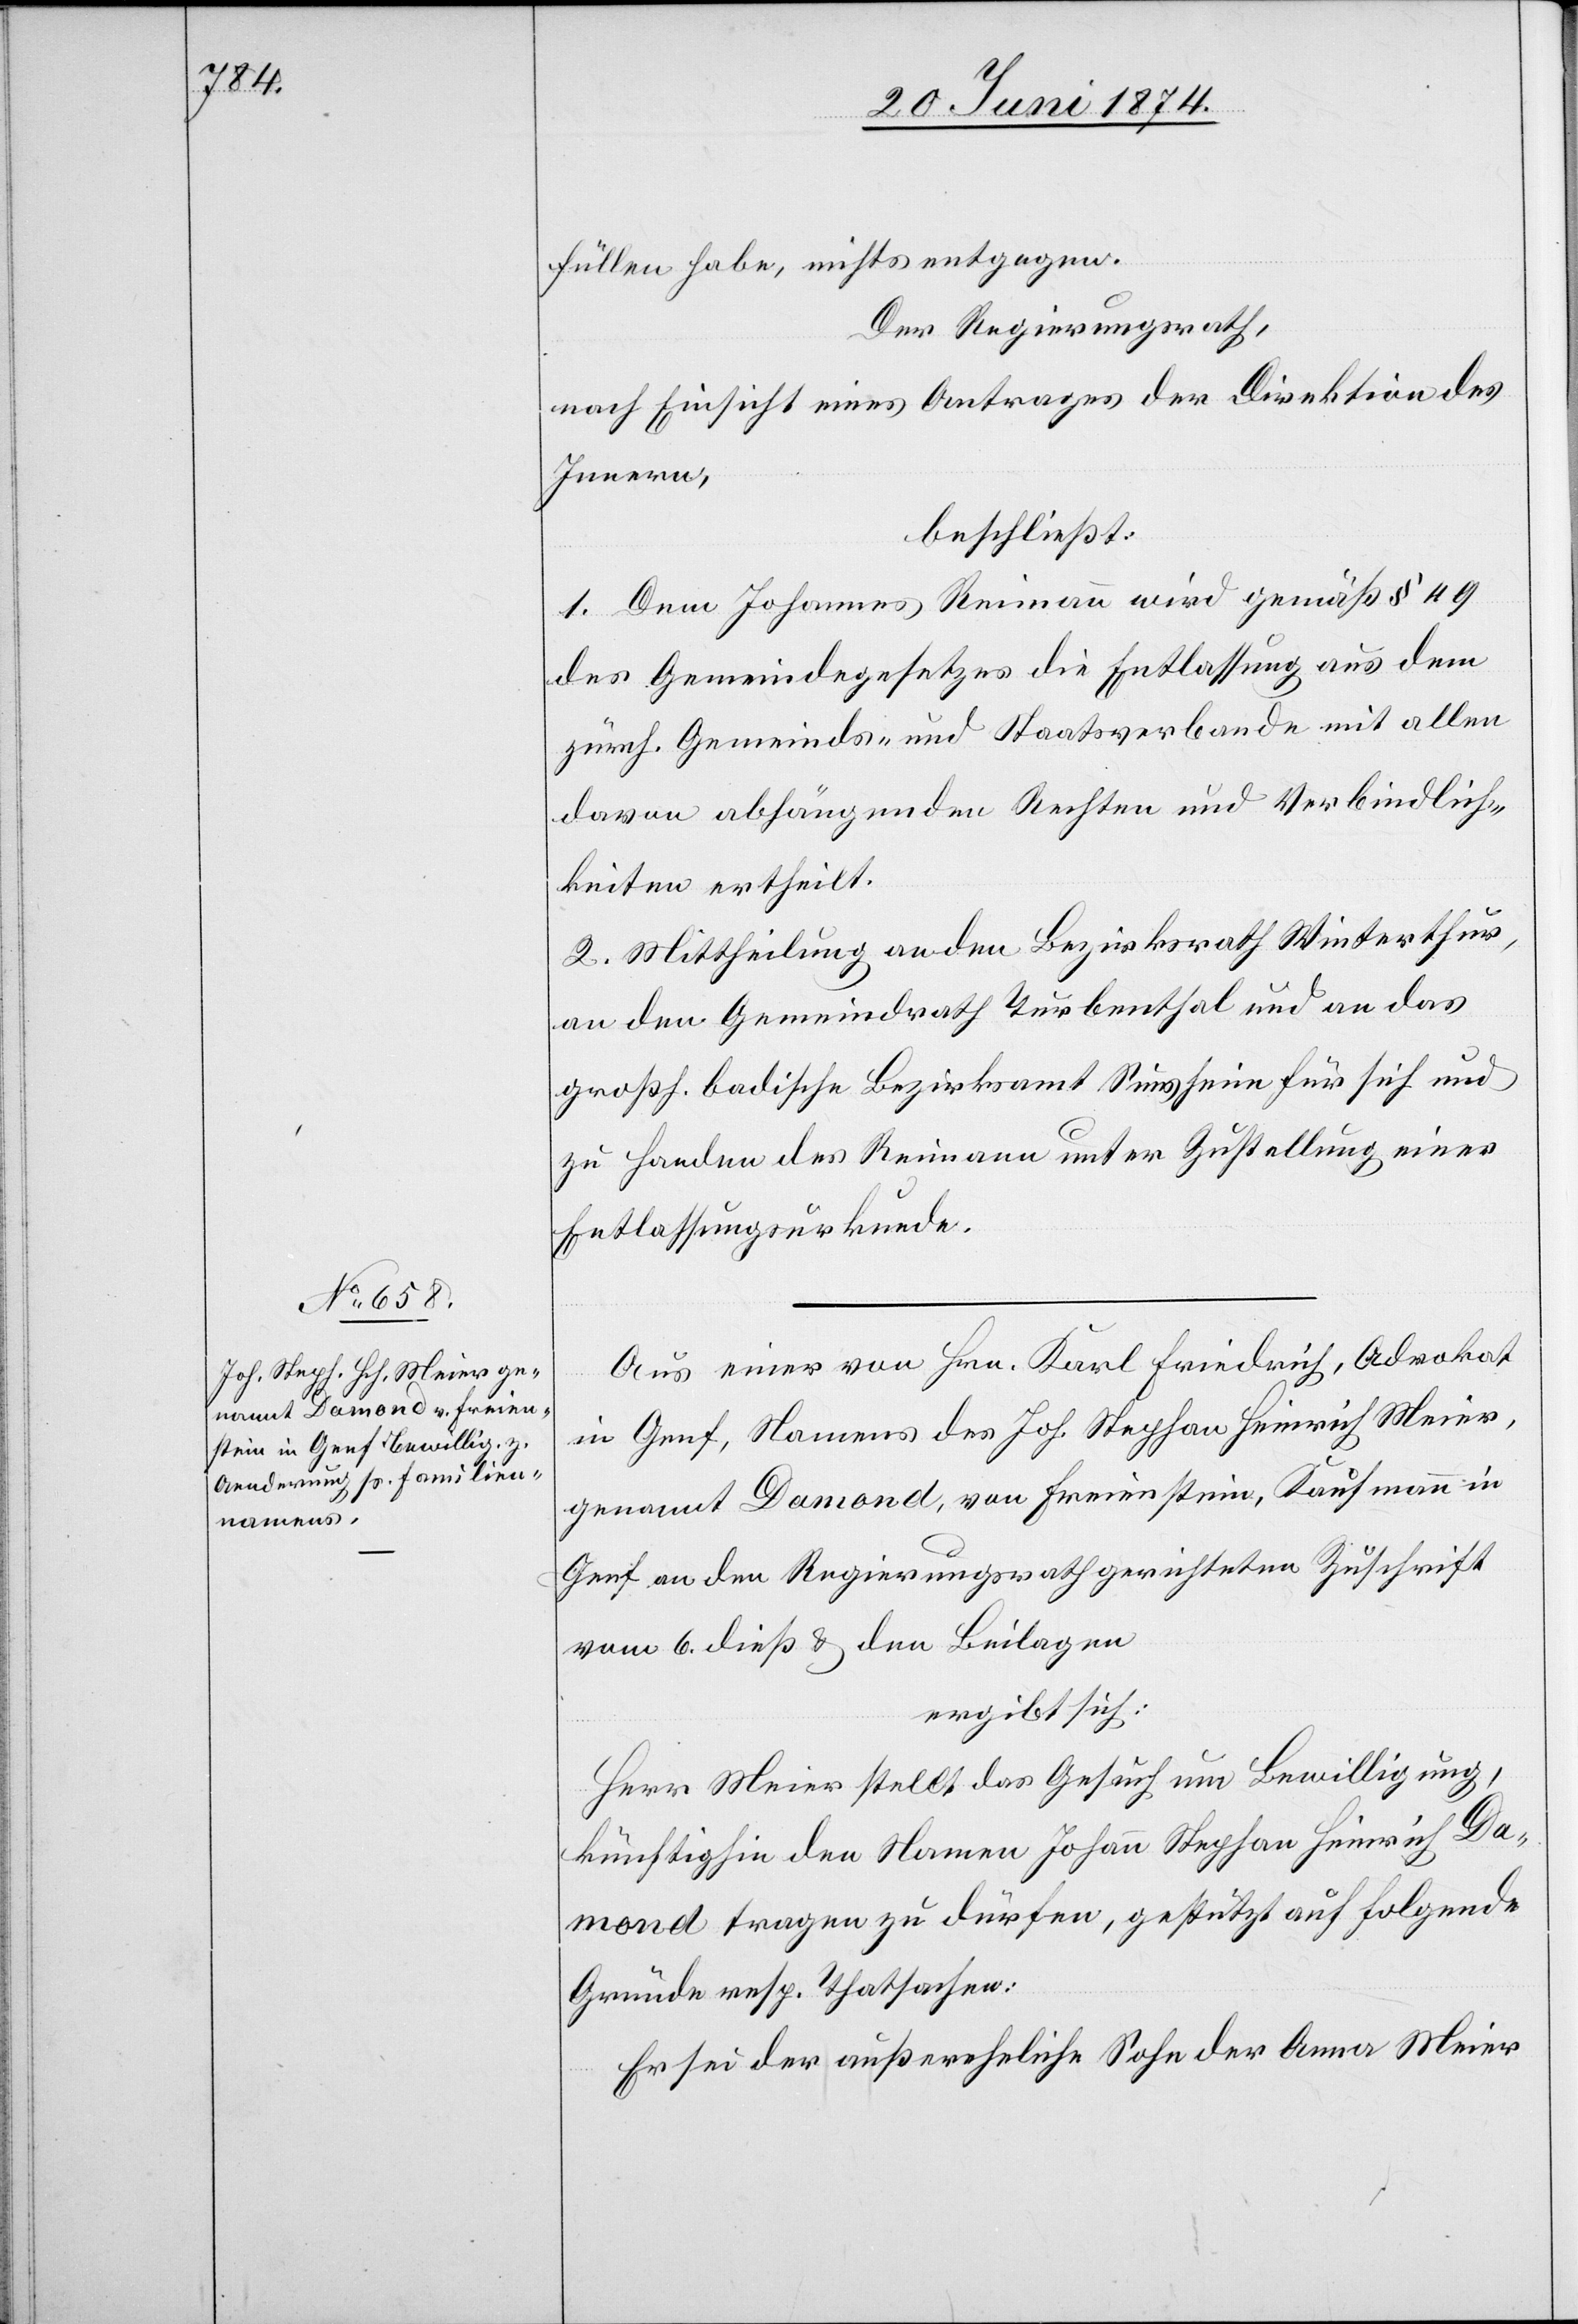
füllen habe, nichts entgegen.
Der Regierungsrath,
nach Einsicht eines Antrages der Direktion des
Innern,
beschließt:
1. Dem Johannes Reimann wird gemäß § 49
des Gemeindegesetzes die Entlassung aus dem
zürch. Gemeinds- und Staatsverbande mit allen
davon abhängenden Rechten und Verbindlich¬
keiten ertheilt.
2. Mittheilung an den Bezirksrath Winterthur,
an den Gemeindrath Turbenthal und an das
großh. badische Bezirksamt Sinsheim für sich und
zu Handen des Reimann unter Zustellung einer
Entlassungsurkunde.
Aus einer von Hrn. Karl Friedrich, Advokat
in Genf, Namens des Joh. Stephan Heinrich Meier,
genannt Damond, von Freienstein, Kaufmann in
Genf an den Regierungsrath gerichteten Zuschrift
vom 6. dieß u. den Beilagen
ergibt sich:
Herr Meier stellt das Gesuch um Bewilligung,
künftighin den Namen Johann Stephan Heinrich Da¬
mond tragen zu dürfen, gestützt auf folgende
Gründe resp. Thatsachen:
Er sei der außereheliche Sohn der Anna Meier